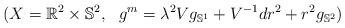
LaTeX: \begin{align*} (X=\mathbb{R}^2\times\mathbb{S}^2,\ \ g^m=\lambda^2Vg_{\mathbb{S}^1}+V^{-1}dr^2+r^2g_{\mathbb{S}^2})\end{align*}